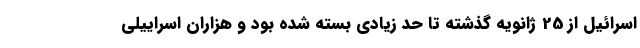
اسرائیل از 25 ژانویه گذشته تا حد زیادی بسته شده بود و هزاران اسراییلی